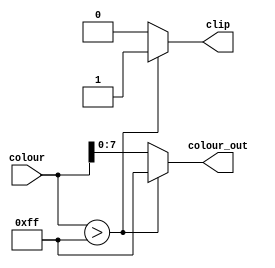
module checkclip (colour, colour_out, clip); // check for clipping
	input [8:0] colour;
	output reg [7:0] colour_out;
	output reg clip;
	
	always@(*)
	begin
		if (colour > 255)
		begin
			colour_out = 255; // clipping
			clip = 1;
		end
		else
		begin
			colour_out = colour[7:0];
			clip = 0;
		end
	end
	
endmodule